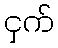
ငှက်